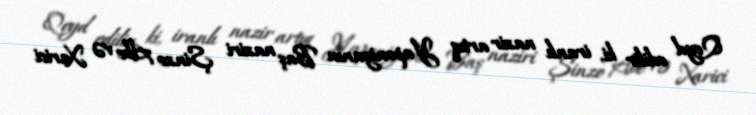
Qeyd edilir ki, iranlı nazir artıq Yaponiyanın Baş naziri Şinzo Abe və Xarici